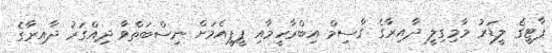
ޕާޓީގެ ލީޑަރު މާމިގިލީ ދާއިރާގެ ގާސިމް އިބްރާހީމާއި ޕީޕީއެމަށް ނިސްބަތްވާ ދިއްގަރު ދާއިރާގެ